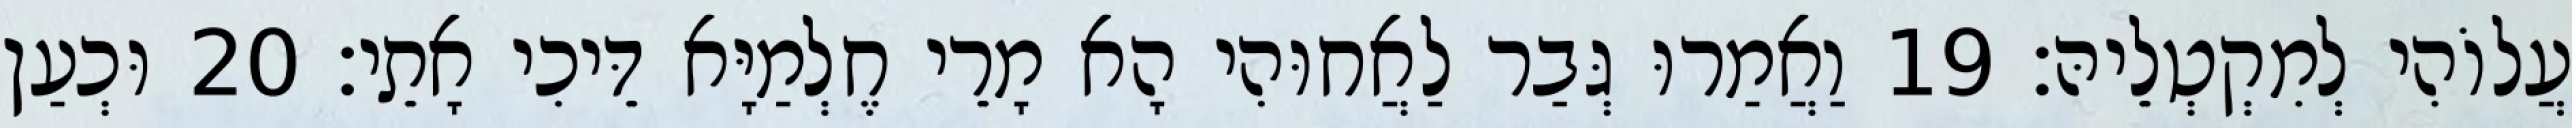
עֲלוֹהִי לְמִקְטְלֵיהּ׃ 19 וַאֲמַרוּ גְּבַר לַאֲחוּהִי הָא מָרֵי חֶלְמַיָּא דֵּיכִי אָתֵי׃ 20 וּכְעַן